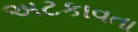
અટકાવતા